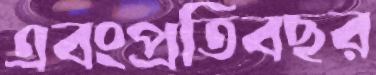
এবংপ্রতিবছর